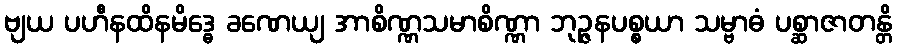
ဗျယ ပဟီနထိနမိဒ္ဓေ ခဏေယျ အာစိဏ္ဏသမာစိဏ္ဏာ ဘုဉ္ဇနပစ္စယာ သမ္ဗာဓံ ပစ္ဆာဇာတန္တိ